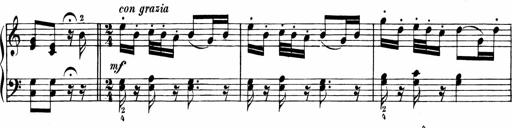
Title: 6 Liedersonatinen
Composer: Carl Reinecke